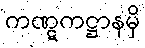
ကဏ္ဋကဋ္ဌာနမှိ